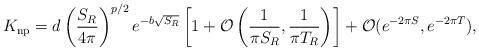
LaTeX: \begin{align*}K_{\rm np} = d \left(\frac{S_R}{4\pi}\right)^{p/2} e^{-b\sqrt{S_R}}\left[1+{\cal O}\left(\frac{1}{\pi S_R},\frac{1}{\pi T_R}\right)\right]+ {\cal O}(e^{-2\pi S},e^{-2\pi T}),\end{align*}